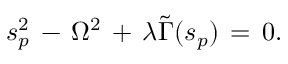
s _ { p } ^ { 2 } \, - \, \Omega ^ { 2 } \, + \, \lambda \tilde { \Gamma } ( s _ { p } ) \, = \, 0 .